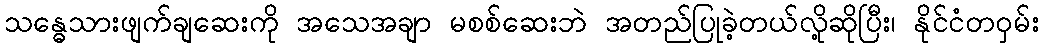
သန္ဓေသားဖျက်ချဆေးကို အသေအချာ မစစ်ဆေးဘဲ အတည်ပြုခဲ့တယ်လို့ဆိုပြီး၊ နိုင်ငံတဝှမ်း